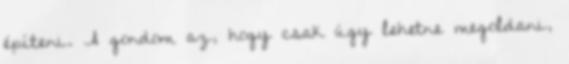
építeni. A gondom az, hogy csak úgy lehetne megoldani,